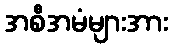
အစီအမံများအား